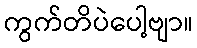
ကွက်တိပဲပေါ့ဗျာ။